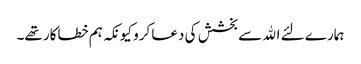
ہمارے لئے الله سے بخشش کی دعا کرو کیونکہ ہم خطاکار تھے۔